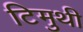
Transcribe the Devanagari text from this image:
टिमुथी